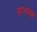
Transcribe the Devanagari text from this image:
मालबस